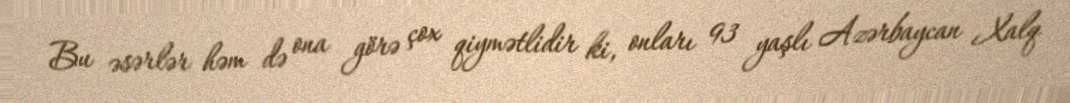
Bu əsərlər həm də ona görə çox qiymətlidir ki, onları 93 yaşlı Azərbaycan Xalq